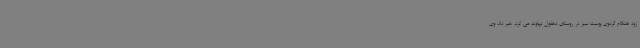
زود هنگام گردوی پوست سبز در روستای دهفول نهاوند می کرد، خبر داد. وی